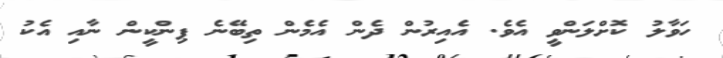
ހަވާލު ކޮށްލަންވީ އެވެ. އެއިރުން ދެން އެމެން ތިބޭނެ ޕިންކީން ނާއި އެކު